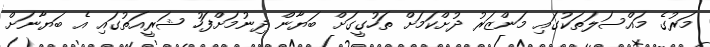
މަރުގެ މައްސަލަތަކުގައި މަންޒަރު ދުށްކަމަށް ތަހުގީގަށް ބަޔާން ދިނުމަށްފަހު ޝަރީއަތުގައި އެ ބަޔާނަށް